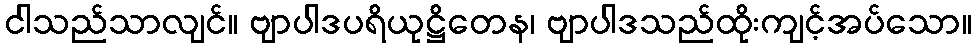
ငါသည်သာလျင်။ ဗျာပါဒပရိယုဋ္ဌိတေန၊ ဗျာပါဒသည်ထိုးကျင့်အပ်သော။